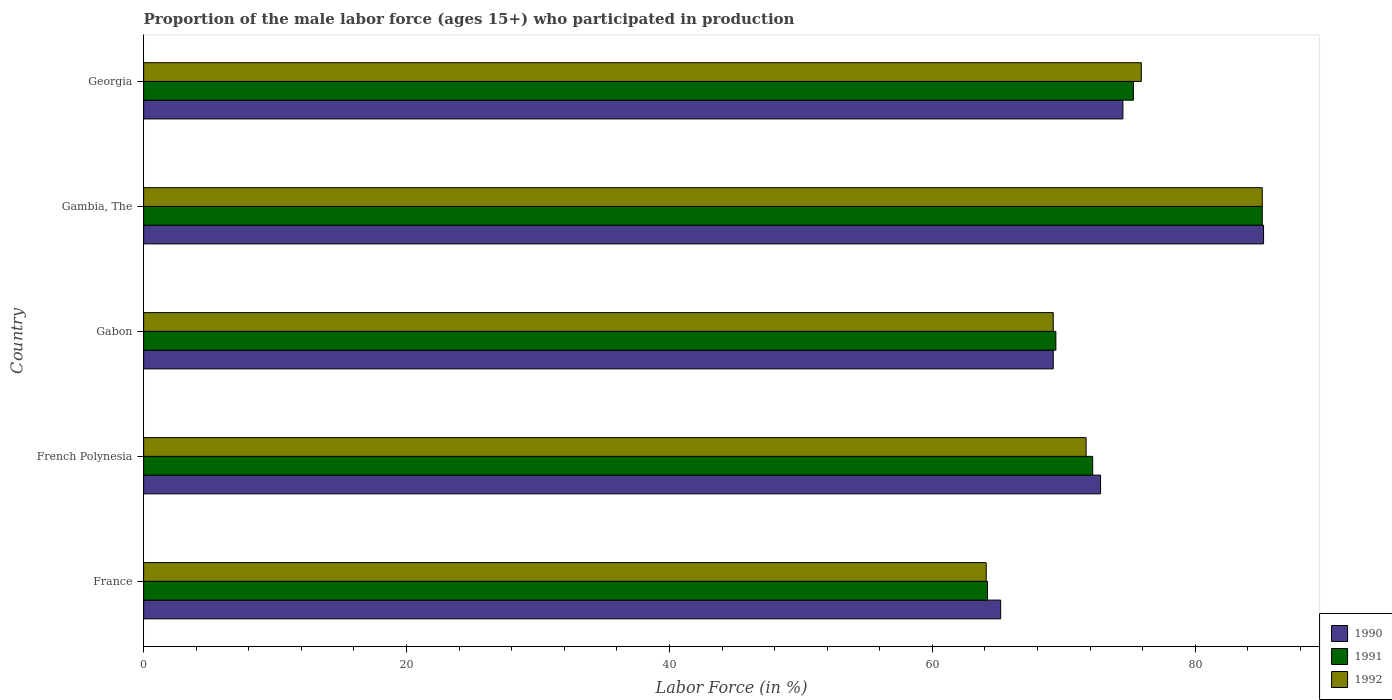
| Country | 1990 | 1991 | 1992 |
 | --- | --- | --- | --- |
 | France | 65.2 | 64.2 | 64.1 |
 | French Polynesia | 72.8 | 72.2 | 71.7 |
 | Gabon | 69.2 | 69.4 | 69.2 |
 | Gambia, The | 85.2 | 85.1 | 85.1 |
 | Georgia | 74.5 | 75.3 | 75.9 |